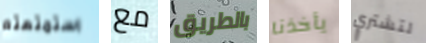
استمتعتم مع بالطريق يأخذنا لتشتري